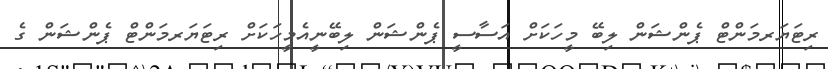
ރިޓަޔަރމަންޓް ޕެންޝަން ލިބޭ މީހަކަށް އަސާސީ ޕެންޝަން ލިބޭނީއެމީހަކަށް ރިޓަޔަރމަންޓް ޕެންޝަން ގެ